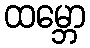
ထမ္ဘော